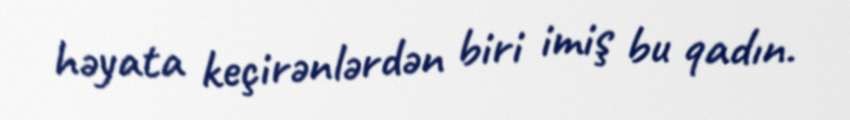
həyata keçirənlərdən biri imiş bu qadın.